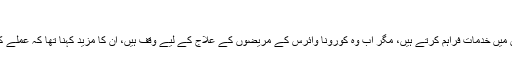
"
انہوں نے کہا کہ ہسپتال کے 3،500 ملازمین ہیں، بشمول 500 ڈاکٹر جو 24 شعبوں میں خدمات فراہم کرتے ہیں، مگر اب وہ کورونا وائرس کے مریضوں کے علاج کے لیے وقف ہیں، ان کا مزید کہنا تھا کہ عملے کے بہت سے ارکان جو ان مریضوں کے ساتھ کام نہیں کرتے وہ گھر پر رہ رہے ہیں۔